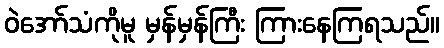
ဝဲအော်သံကိုမူ မှန်မှန်ကြီး ကြားနေကြရသည်။